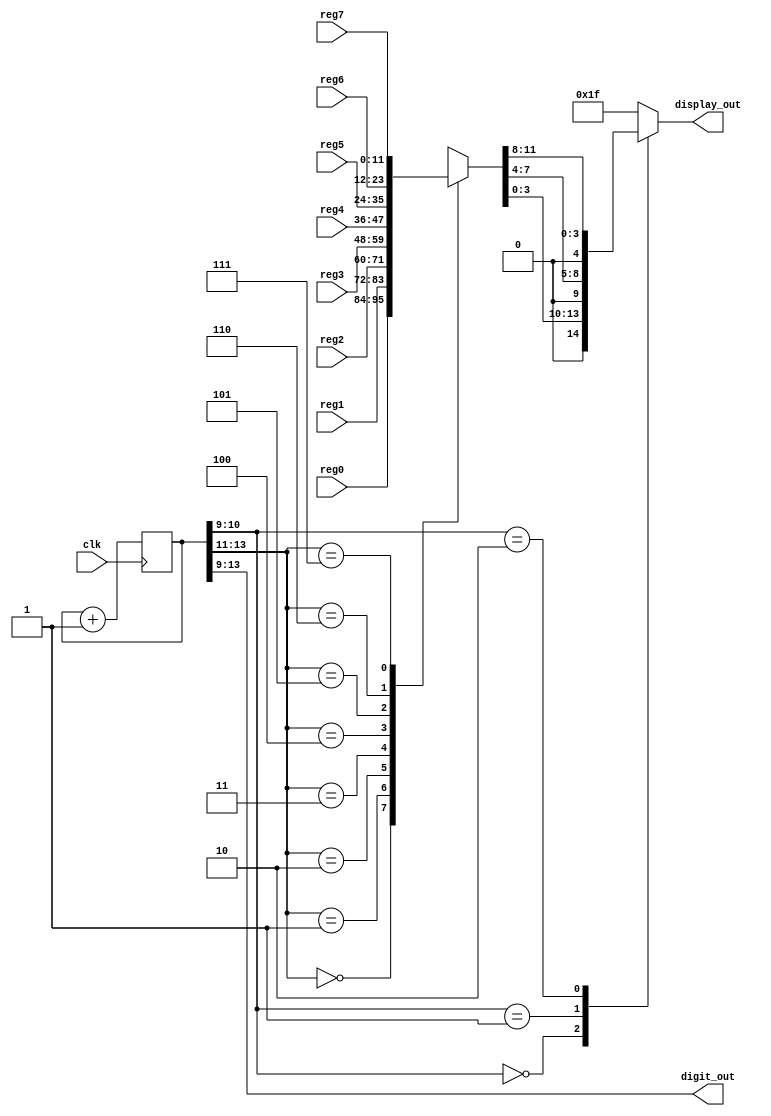

module sevenSegDisplay( clk, reg0, reg1, reg2, reg3, reg4, reg5, reg6, reg7, digit_out, display_out );
input clk;
input [11:0] reg0;
input [11:0] reg1;
input [11:0] reg2;
input [11:0] reg3;
input [11:0] reg4;
input [11:0] reg5;
input [11:0] reg6;
input [11:0] reg7;
output [4:0] digit_out;
output [4:0] display_out;
wire [11:0] reg0;
wire [11:0] reg1;
wire [11:0] reg2;
wire [11:0] reg3;
wire [11:0] reg4;
wire [11:0] reg5;
wire [11:0] reg6;
wire [11:0] reg7;

reg [11:0] current_reg;

reg [23:0] cnt;
always @(posedge clk) cnt<=cnt+24'h1;

wire cntovf = &cnt;
wire [4:0] digit_ann = cnt[13:09];
wire [2:0] regSel = digit_ann[4:2];
wire [1:0] digitSel = digit_ann[1:0];
reg [4:0] digit;

assign digit_out = digit_ann;

always @(*)
case( regSel )
  3'd0: current_reg = reg0;
  3'd1: current_reg = reg1;
  3'd2: current_reg = reg2;
  3'd3: current_reg = reg3;
  3'd4: current_reg = reg4;
  3'd5: current_reg = reg5;
  3'd6: current_reg = reg6;
  3'd7: current_reg = reg7;
endcase

always @(*)
case(digitSel)
  2'd0: digit = current_reg[3:0];
  2'd1: digit = current_reg[7:4];
  2'd2: digit = current_reg[11:8];
  default: digit = 5'h1f;
endcase

assign display_out[4] = digit[4] ;
assign display_out[3] = digit[3];
assign display_out[2] = digit[2];
assign display_out[1] = digit[1];
assign display_out[0] = digit[0];
endmodule